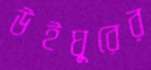
উইঘুরের